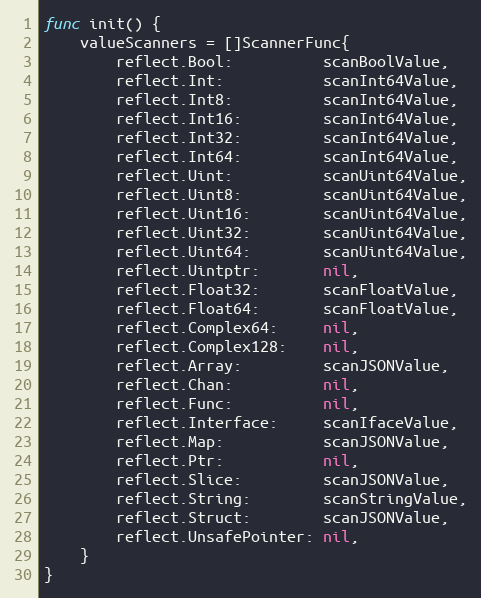
Language: Go
func init() {
	valueScanners = []ScannerFunc{
		reflect.Bool:          scanBoolValue,
		reflect.Int:           scanInt64Value,
		reflect.Int8:          scanInt64Value,
		reflect.Int16:         scanInt64Value,
		reflect.Int32:         scanInt64Value,
		reflect.Int64:         scanInt64Value,
		reflect.Uint:          scanUint64Value,
		reflect.Uint8:         scanUint64Value,
		reflect.Uint16:        scanUint64Value,
		reflect.Uint32:        scanUint64Value,
		reflect.Uint64:        scanUint64Value,
		reflect.Uintptr:       nil,
		reflect.Float32:       scanFloatValue,
		reflect.Float64:       scanFloatValue,
		reflect.Complex64:     nil,
		reflect.Complex128:    nil,
		reflect.Array:         scanJSONValue,
		reflect.Chan:          nil,
		reflect.Func:          nil,
		reflect.Interface:     scanIfaceValue,
		reflect.Map:           scanJSONValue,
		reflect.Ptr:           nil,
		reflect.Slice:         scanJSONValue,
		reflect.String:        scanStringValue,
		reflect.Struct:        scanJSONValue,
		reflect.UnsafePointer: nil,
	}
}